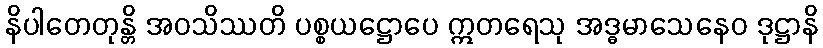
နိပါတေတုန္တိ အဝသိဿတိ ပစ္စယဋ္ဌောပေ ဣတရေသု အဒ္ဓမာသေနေဝ ဒုဋ္ဌာနိ